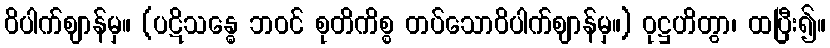
ဝိပါက်ဈာန်မှ။ (ပဋိသန္ဓေ ဘဝင် စုတိကိစ္စ တပ်သောဝိပါက်ဈာန်မှ။) ဝုဋ္ဌဟိတွာ၊ ထပြီး၍။